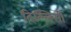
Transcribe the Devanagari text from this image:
दिल्लिसी